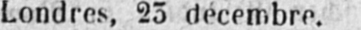
Londres, 23 décembre.